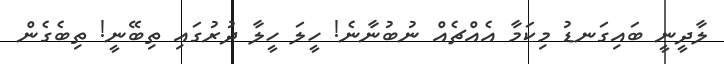
ލާދީނީ ބައިގަނޑު މިކަމާ އެއްޗެއް ނުބުނާނެ! ހީލަ ހީލާ ދުރުގައި ތިބޭނީ! ތިބެގެން